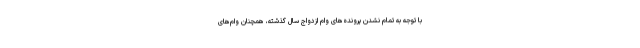
با توجه به تمام نشدن پرونده‌های وام ازدواج سال گذشته، همچنان وام‌های